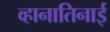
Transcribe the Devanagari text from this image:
व्हानातिनाई